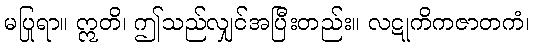
မပြုရာ။ ဣတိ၊ ဤသည်လျှင်အပြီးတည်း။ လဋုကိကဇာတကံ၊